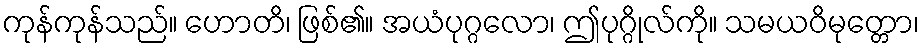
ကုန်ကုန်သည်။ ဟောတိ၊ ဖြစ်၏။ အယံပုဂ္ဂလော၊ ဤပုဂ္ဂိုလ်ကို။ သမယဝိမုတ္တော၊